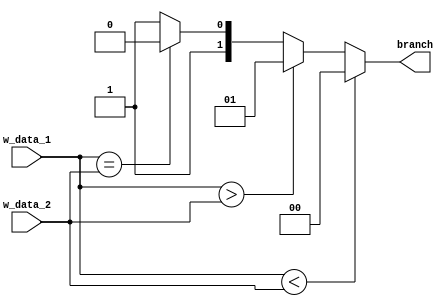
module comparator #(parameter DATA_WIDTH = 16, CONTROL_WIDTH = 2)(
	input [DATA_WIDTH-1:0] w_data_1, w_data_2,
	output reg [CONTROL_WIDTH-1:0] branch);

always@(*)
begin
	if(w_data_1 < w_data_2) //Less Than
		branch = 2'b00;
	else if(w_data_1 > w_data_2) //Greater Than
		branch = 2'b01;
	else if(w_data_1 == w_data_2) //Equal Too
		branch = 2'b10;
	else
		branch = 2'b11; //Do nothing state
end
endmodule